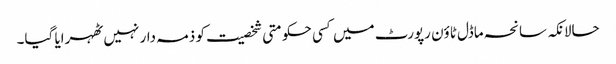
حالانکہ سانحہ ماڈل ٹاؤن رپورٹ میں کسی حکومتی شخصیت کو ذمہ دار نہیں ٹھہرایا گیا۔